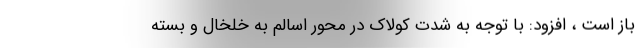
باز است ، افزود: با توجه به شدت کولاک در محور اسالم به خلخال و بسته